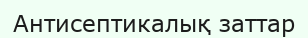
Антисептикалық заттар